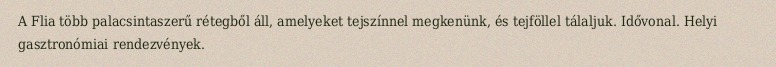
A Flia több palacsintaszerű rétegből áll, amelyeket tejszínnel megkenünk, és tejföllel tálaljuk. Idővonal. Helyi gasztronómiai rendezvények.